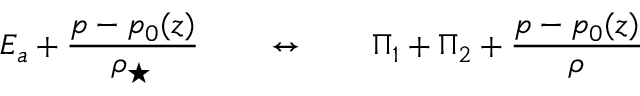
E _ { a } + \frac { p - p _ { 0 } ( z ) } { \rho _ { \star } } \qquad \leftrightarrow \qquad \Pi _ { 1 } + \Pi _ { 2 } + \frac { p - p _ { 0 } ( z ) } { \rho }